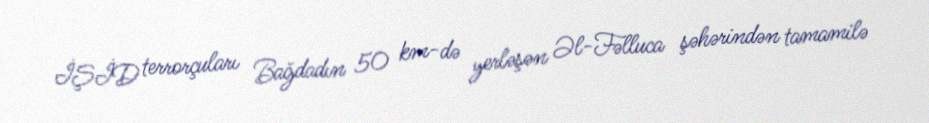
İŞİD terrorçuları Bağdadın 50 km-də yerləşən Əl-Fəlluca şəhərindən tamamilə